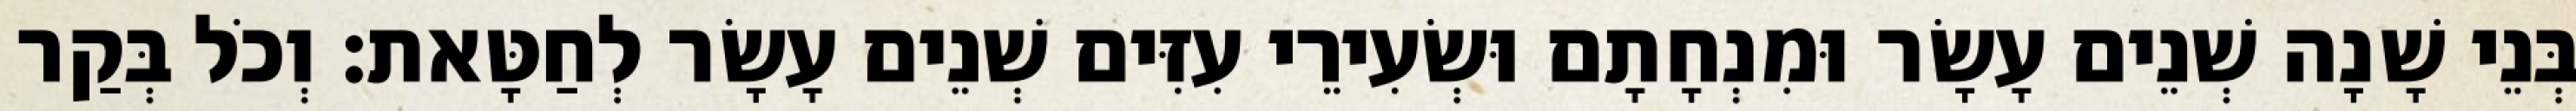
בְּנֵי שָׁנָה שְׁנֵים עָשָׂר וּמִנְחָתָם וּשְׂעִירֵי עִזִּים שְׁנֵים עָשָׂר לְחַטָּאת׃ וְכֹל בְּקַר